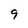
Character: 9